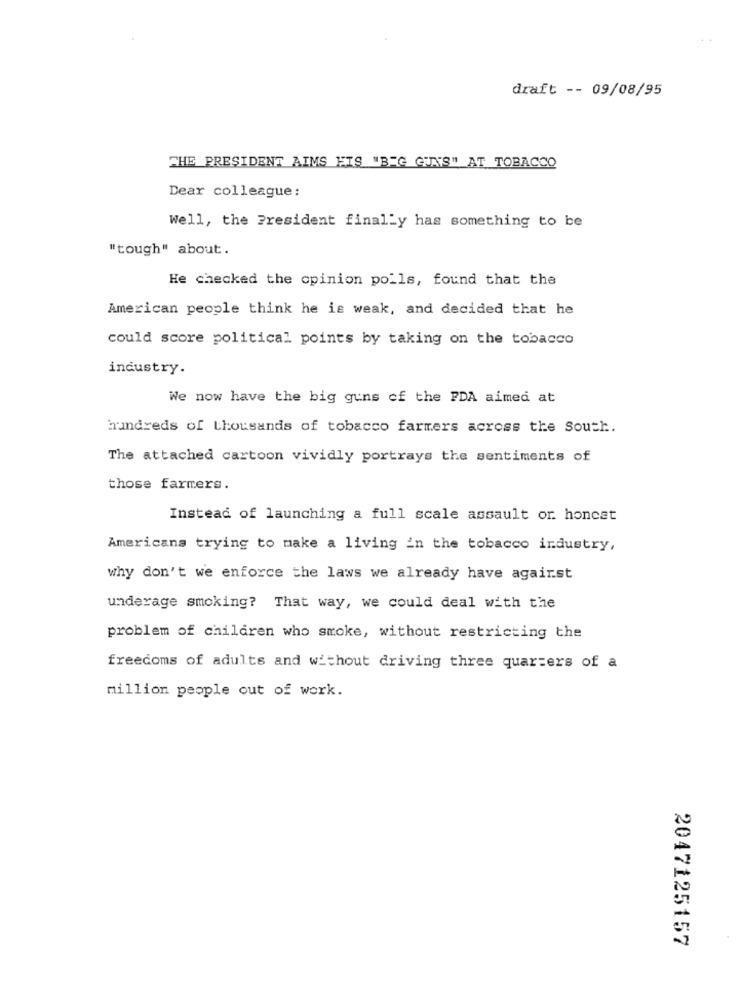
draft -- 09/08/95
THE PRESIDENT AIMS EIS "BIG GUNS" AT TOBACCO
Dear colleague:
Well, the President finally has something to be
"tough" about.
He checked the opinion polls, found that the
American people think he is weak, and decided that he
could score political points by taking on the tobacco
industry.
We now have the big guns of the FDA aimed at
hundreds of thousands of tobacco farmers across the South.
The attached cartoon vividly portrays the sentiments of
those farmers.
Instead of launching a full scale assault or. honcet
Americans trying to make a living in the tobacco industry,
why don't we enforce the laws we already have against
underage smoking? That way, we could deal with the
problem of children who smoke, without restricting the
freedoms of adults and without driving three quarters of a
million people out of work.
2047125157